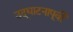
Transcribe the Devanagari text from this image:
उद्‌घाटनापूर्वी